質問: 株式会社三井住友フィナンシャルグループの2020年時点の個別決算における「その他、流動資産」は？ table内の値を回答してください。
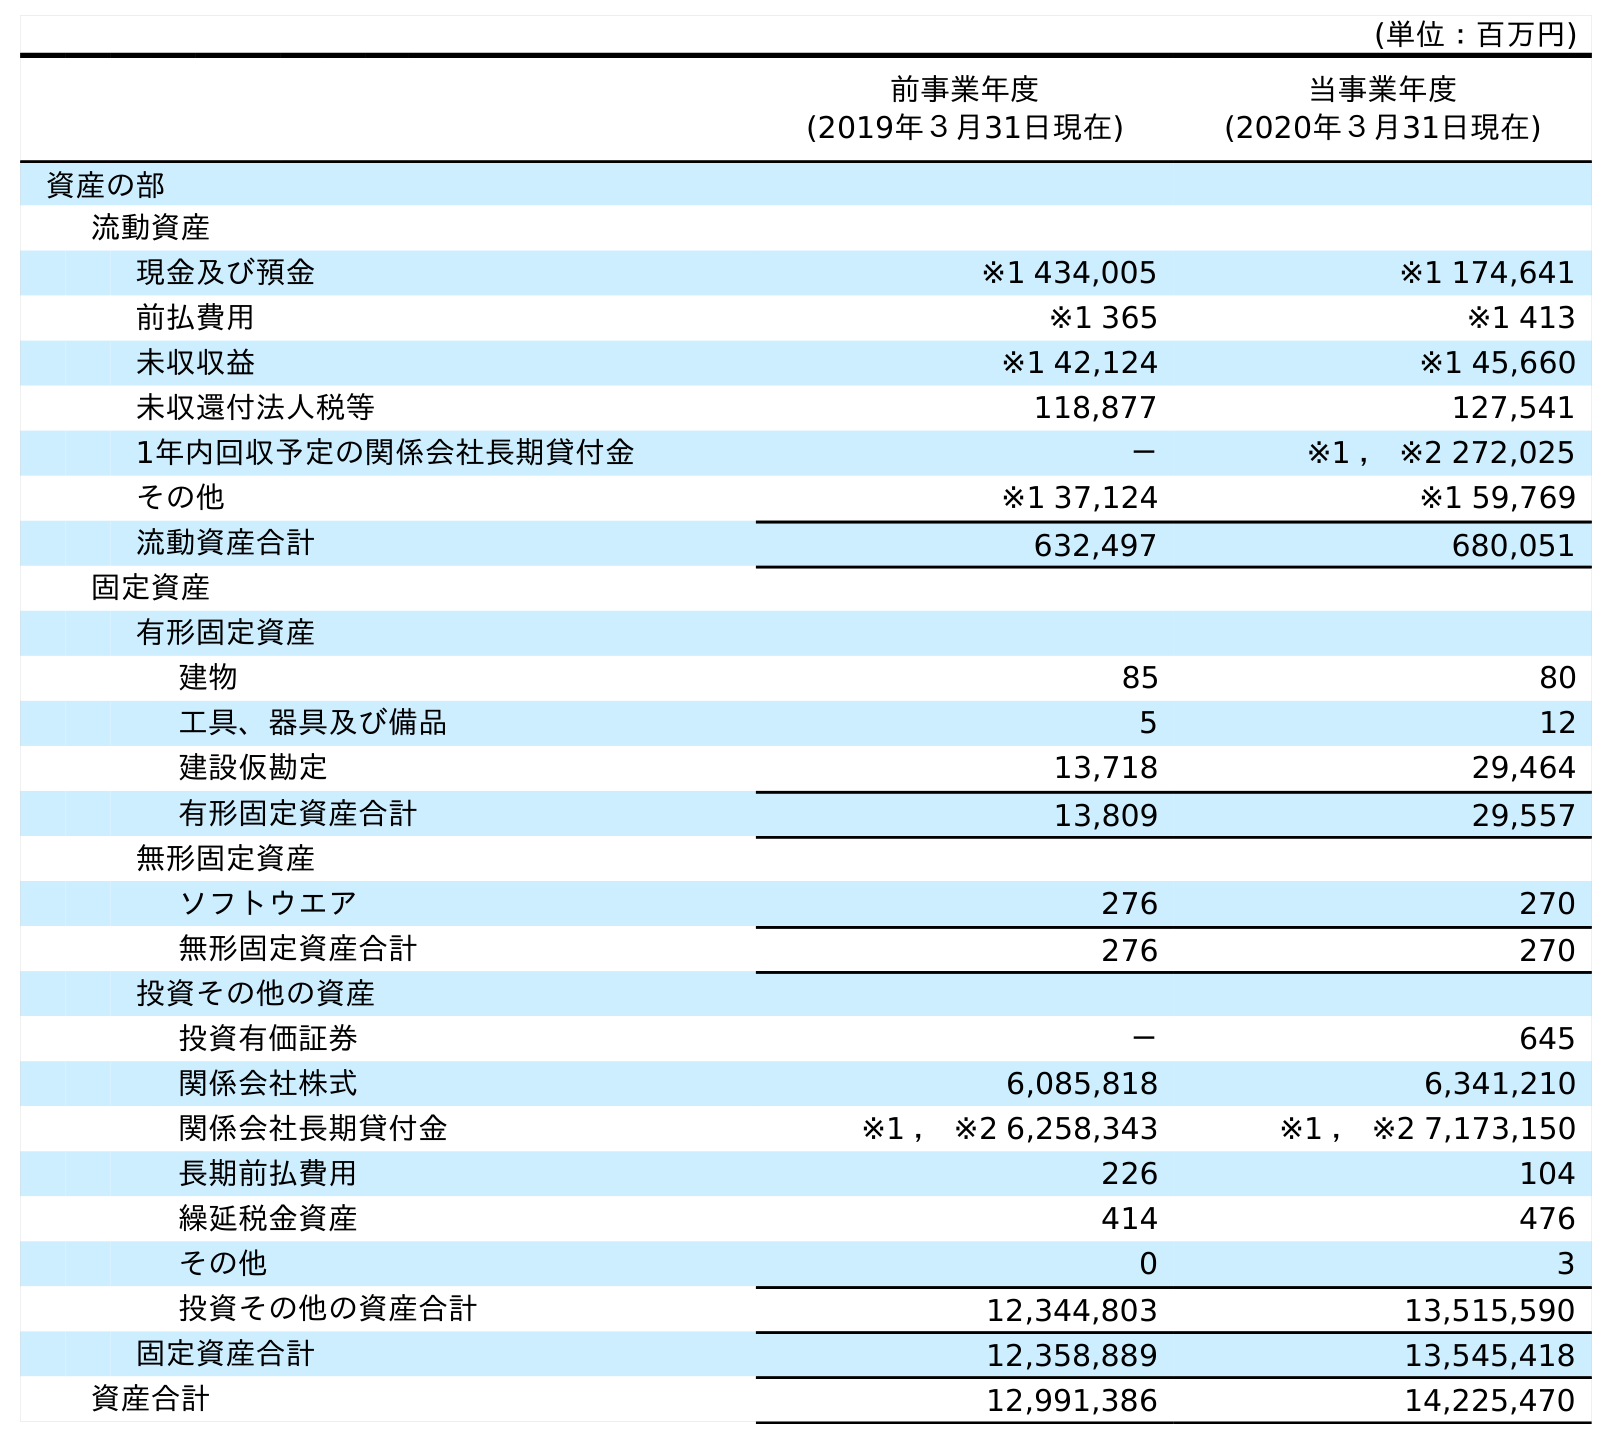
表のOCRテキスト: (単位：百万円) 前事業年度 (2019年３月31日現在) 当事業年度 (2020年３月31日現在) 資産の部 流動資産 現金及び預金 ※1 434,005 ※1 174,641 前払費用 ※1 365 ※1 413 未収収益 ※1 42,124 ※1 45,660 未収還付法人税等 118,877 127,541 1年内回収予定の関係会社長期貸付金 － ※1 ， ※2 272,025 その他 ※1 37,124 ※1 59,769 流動資産合計 632,497 680,051 固定資産 有形固定資産 建物 85 80 工具、器具及び備品 5 12 建設仮勘定 13,718 29,464 有形固定資産合計 13,809 29,557 無形固定資産 ソフトウエア 276 270 無形固定資産合計 276 270 投資その他の資産 投資有価証券 － 645 関係会社株式 6,085,818 6,341,210 関係会社長期貸付金 ※1 ， ※2 6,258,343 ※1 ， ※2 7,173,150 長期前払費用 226 104 繰延税金資産 414 476 その他 0 3 投資その他の資産合計 12,344,803 13,515,590 固定資産合計 12,358,889 13,545,418 資産合計 12,991,386 14,225,470
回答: ※159,769